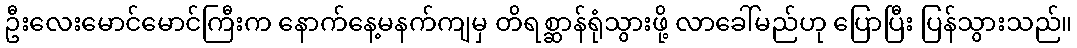
ဦးလေးမောင်မောင်ကြီးက နောက်နေ့မနက်ကျမှ တိရစ္ဆာန်ရုံသွားဖို့ လာခေါ်မည်ဟု ပြောပြီး ပြန်သွားသည်။